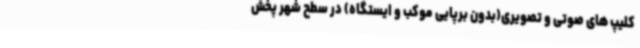
کلیپ های صوتی و تصویری(بدون برپایی موکب و ایستگاه) در سطح شهر پخش